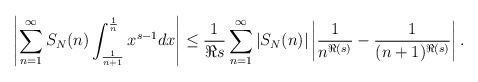
\begin{align*}\left|\sum_{n=1}^{\infty} S_N(n) \int_{\frac{1}{n+1}}^{\frac{1}{n}} x^{s-1} dx\right| \leq \frac{1}{\Re s} \sum_{n=1}^{\infty} \left|S_N(n)\right| \left|\frac{1}{n^{\Re(s)}}-\frac{1}{(n+1)^{\Re(s)}}\right| .\end{align*}